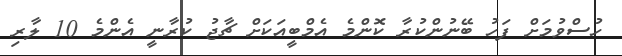
ހުސްވުމަށް ފަހު ބޭނުންކުރާ ކޮންމެ އެމްބީއަކަށް ޗާޖު ކުރާނީ އެންމެ 10 ލާރި